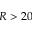
R > 2 0